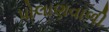
પોલાણવાળી